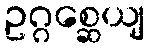
ဥဂ္ဂစ္ဆေယျ